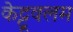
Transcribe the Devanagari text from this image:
केट्टूवलम